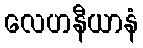
လေဟနီယာနံ